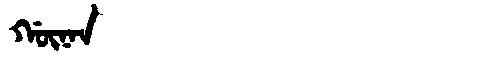
Manchu: ᡤᡡᠨᠠᠨ
Romanization: GŪNAN